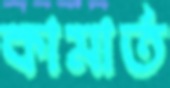
কামার্ত